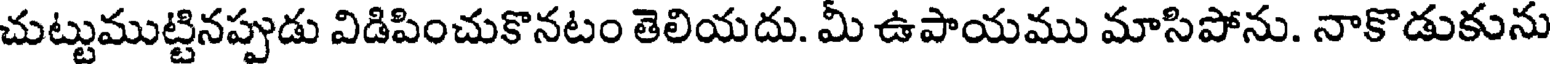
చుట్టుముట్టినప్పుడు విడిపించుకొనటం తెలియదు. మీ ఉపాయము మాసిపోను. నాకొడుకును